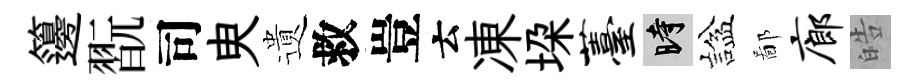
籩翫司㬰遺救豈云凍垜薹时諡鄙廊皓